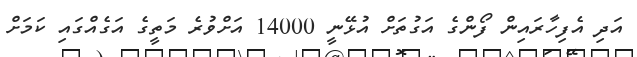
އަދި އެފިހާރައިން ފޯންގެ އަގުތަށް އުޅޭނީ 14000 އަށްވުރެ މަތީގެ އަގެއްގައި ކަމަށް